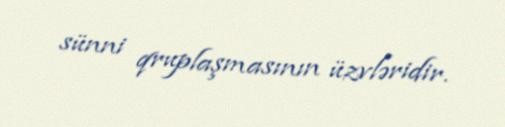
sünni qruplaşmasının üzvləridir.